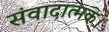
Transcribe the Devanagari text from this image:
संवादात्मक।